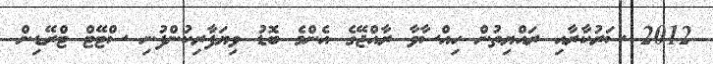
2012 ސަރުކާރާއި ރައްޔިތުން ހިއްސާވާ ރާއްޖޭގެ އެންމެ ބޮޑު ވިޔަފާރިކުންފުނި ސްޓޭޓް ޓްރޭޑިން